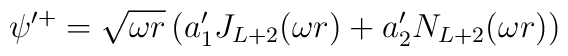
\psi'^+ = \sqrt{\omega r}\left(a'_1 J_{L+2}(\omega r) + a'_2N_{L+2}(\omega r)\right)